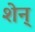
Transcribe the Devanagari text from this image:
शेन्